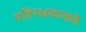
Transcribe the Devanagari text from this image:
यष्टिरक्षकाकडे